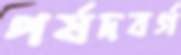
পর্ষদবর্গ